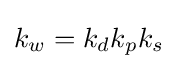
k_{w}=k_{d}k_{p}k_{s}